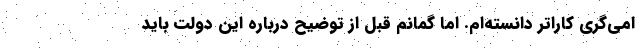
امی‌گری کاراتر دانسته‌ام. اما گمانم قبل از توضیح درباره این دولت باید